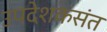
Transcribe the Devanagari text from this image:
उपदेशकसंत